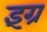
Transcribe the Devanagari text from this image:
इंग्र